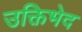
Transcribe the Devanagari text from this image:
उक्तिभेद